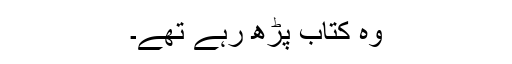
وہ کتاب پڑھ رہے تھے۔